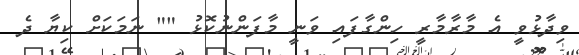
ވިދާޅުވީ އެ މާރާމާރީ ހިންގާފައި ވަނީ މާފަންނުކޮޅު "" ނަމަކަށް ކިޔާ ދެ